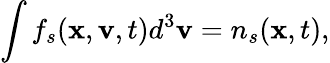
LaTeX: \int f_{s}(\mathbf{x},\mathbf{v},t)d^{3}\mathbf{v}=n_{s}(\mathbf{x},t),